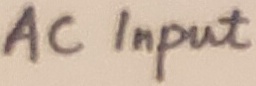
Text: AC Input